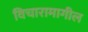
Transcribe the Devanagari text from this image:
विचारामागील